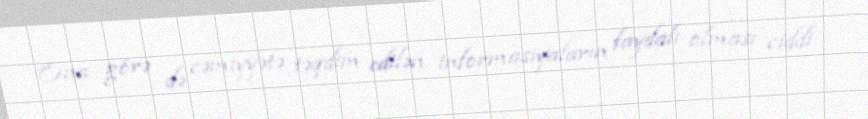
Ona görə də cəmiyyətə təqdim edilən informasiyaların faydalı olması ciddi